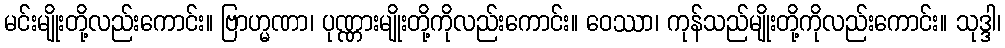
မင်းမျိုးတို့လည်းကောင်း။ ဗြာဟ္မဏာ၊ ပုဏ္ဏားမျိုးတို့ကိုလည်းကောင်း။ ဝေဿာ၊ ကုန်သည်မျိုးတို့ကိုလည်းကောင်း။ သုဒ္ဒါ၊